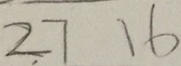
2 7 1 6